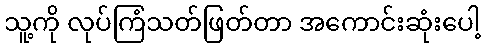
သူ့ကို လုပ်ကြံသတ်ဖြတ်တာ အကောင်းဆုံးပေါ့